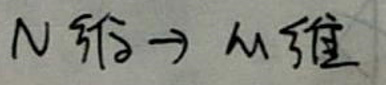
N 个$ \to M $组